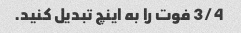
3/4 فوت را به اینچ تبدیل کنید.